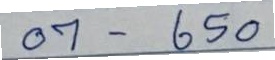
07 - 650